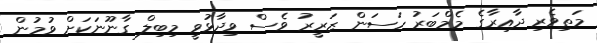
މަތިވެރި ދާއިރާގެ މެމްބަރު ހަސަން ޒަރީރު ވެސް ވިދާޅުވީ މިބިލް ގާނޫނަކަށް ވުމުން